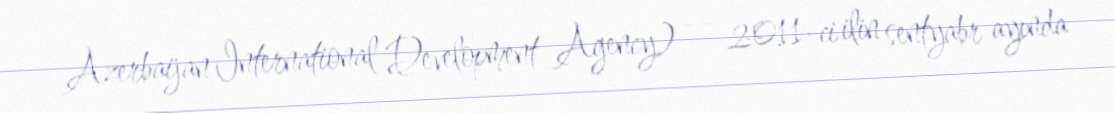
– Azerbaijan International Development Agency) — 2011-ci ilin sentyabr ayında